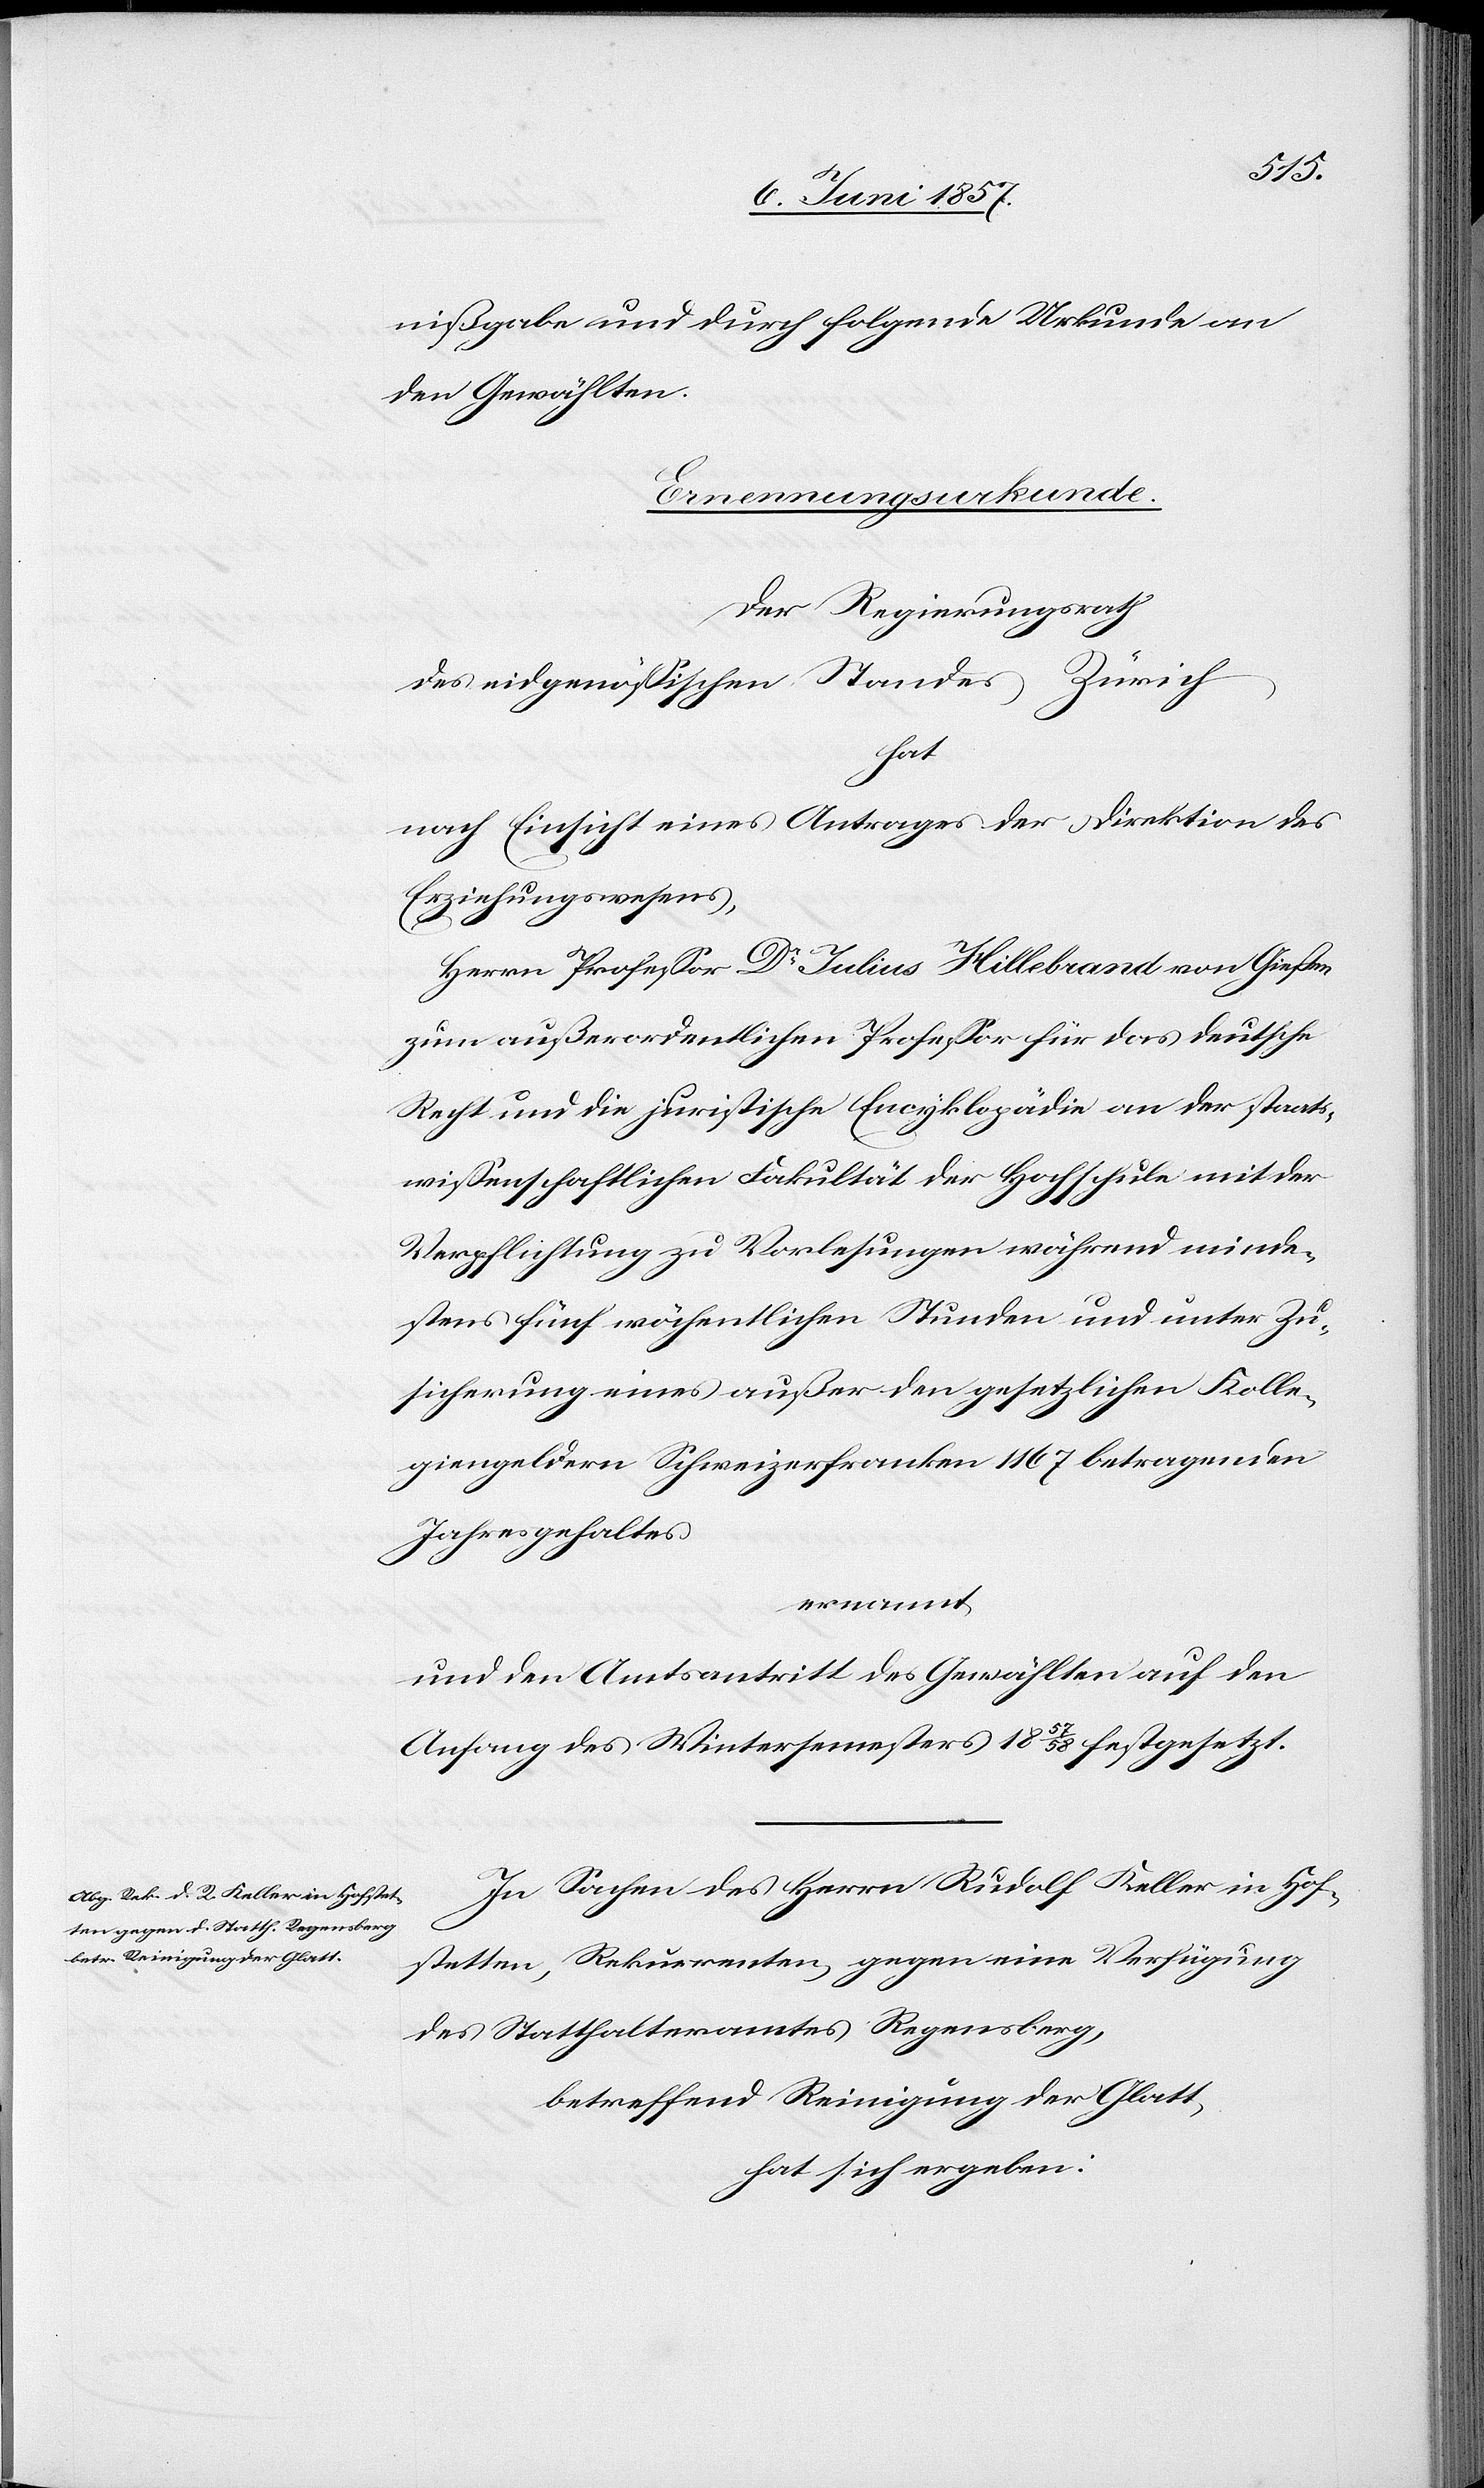
nißgabe und durch folgende Urkunde an
den Gewählten.
Ernennungsurkunde.
Der Regierungsrath
des eidgenössischen Standes Zürich
hat
nach Einsicht eines Antrages der Direktion des
Erziehungswesens,
Herrn Professor Dr Julius Hillebrand von Gießen
zum außerordentlichen Professor für das deutsche
Recht und die juristische Encyklopädie an der staats¬
wissenschaftlichen Fakultät der Hochschule mit der
Verpflichtung zu Vorlesungen während minde¬
stens fünf wöchentlichen Stunden und unter Zu¬
sicherung eines außer den gesetzlichen Kolle¬
giengeldern Schweizerfranken 1 167 betragenden
Jahresgehaltes
ernannt
und den Amtsantritt des Gewählten auf den
Anfang des Wintersemesters 1857/58 festgesetzt.
In Sachen des Herrn Rudolf Keller in Hof¬
stetten, Rekurrenten gegen eine Verfügung
des Statthalteramtes Regensberg,
betreffend Reinigung der Glatt,
hat sich ergeben: